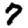
Digit: 7